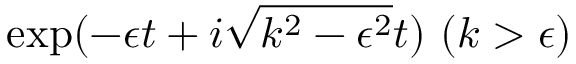
\mathrm { e x p } ( - \epsilon t + i \sqrt { k ^ { 2 } - \epsilon ^ { 2 } } t ) \ ( k > \epsilon )